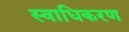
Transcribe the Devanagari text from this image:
स्वाधिकरण